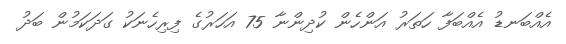
އެއްބަނޑު އެއްބަފާ ހަތަރު އަންހެން ކުދިންނާ 75 އަހަރުގެ ފިރިހެނަކު ގަދަކަމުން ބަދު